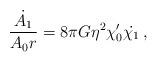
LaTeX: \begin{align*}{\dot{A_1} \over A_0r} = 8\pi G\eta^2\chi_0'\dot{\chi_1}\,,\end{align*}